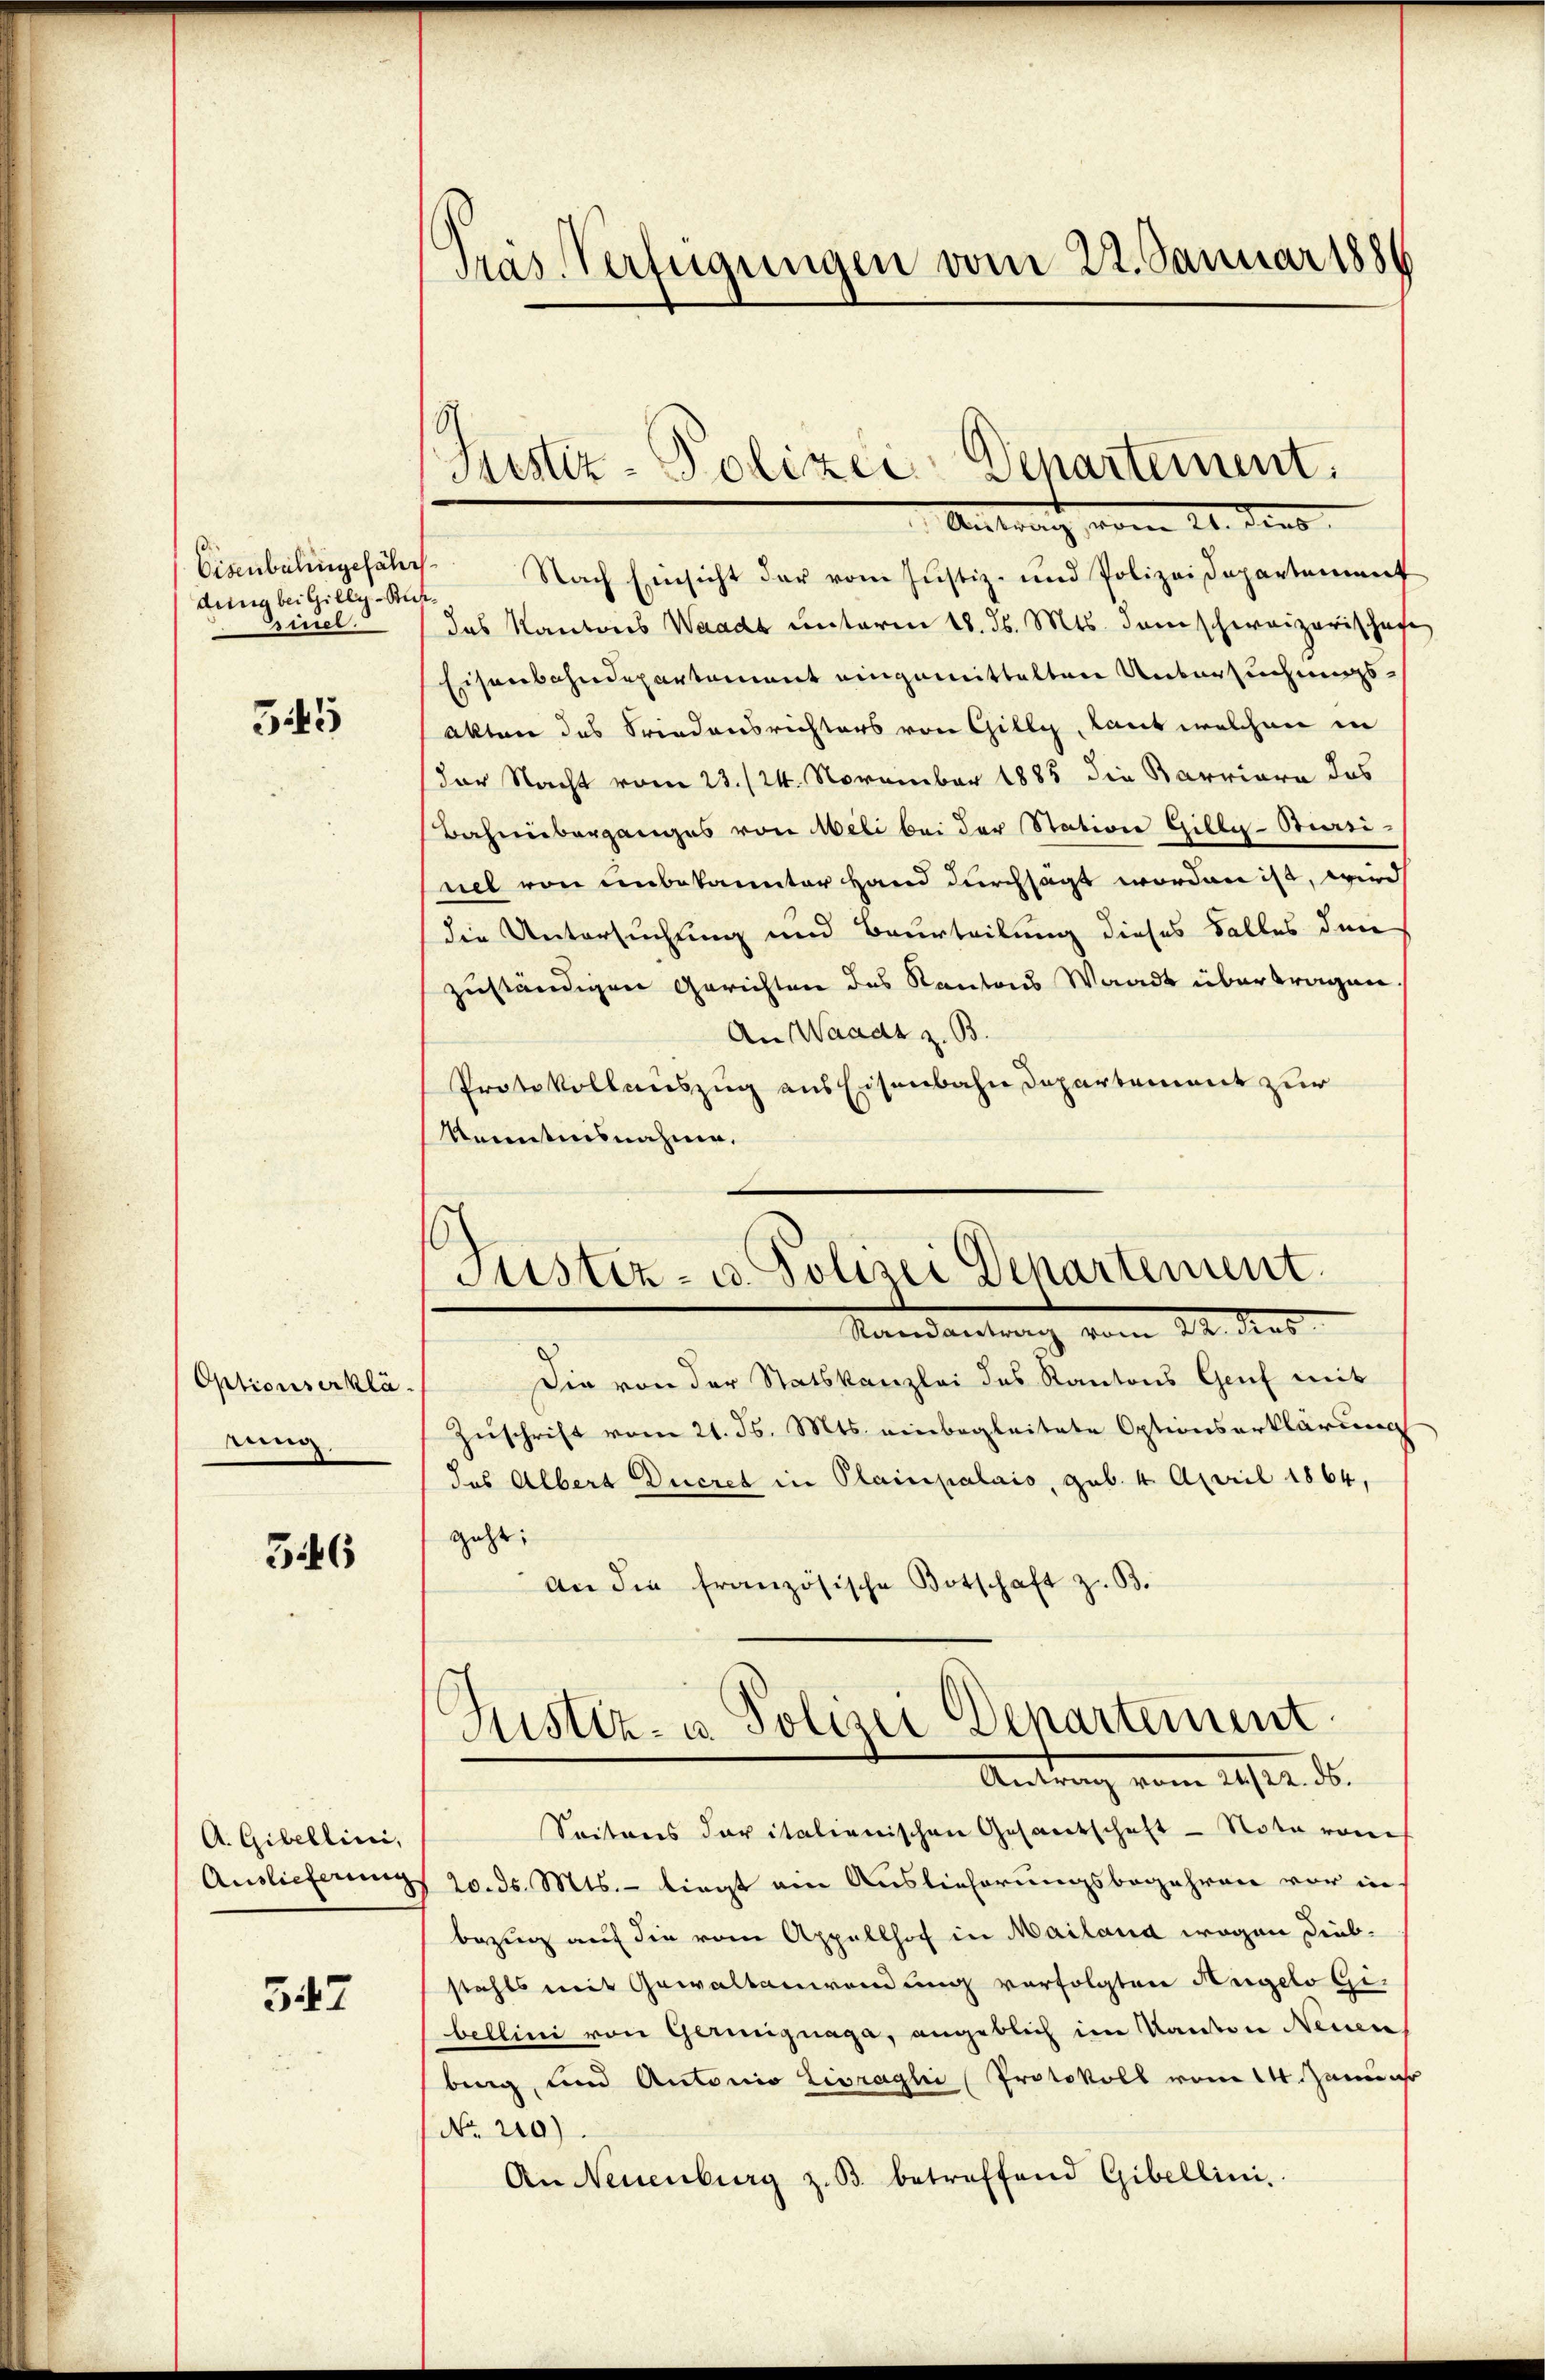
denig bei Gilly-Bursirer.

545

Optionserklä
rung

3446

A. Gibellini,
Auslieferung

547

Cienbalingefähr. Nach Einsicht der vom Justiz- und Polizeidepartement
das Kantons Waadt unterm 18. d. Mts. dem schweizerischafe
Eisenbahndepartement eingemittelten Untersuchungsakten das Friedensrichters von Gilly, Laut welchen in
(der Nacht vom 23./24. November 1883 die Barriare das
Bahnüberganges von Meli bei der Station Gilly-Burri
nel von unbekannter Hand durchsagt worden ist, wird
(die Untersuchung und Beurteilung dieses Falles den
zuständigen Gerichten des Kantons Waadt übertragen
An Waadt z. B.
Protokollauszug aus Eisenbahn Departement zur
kenntnisnahme.

Pras Verfügungen vom 22. Januar 1886

Justiz-Polizei-Departement.
Antrag vom 21. dens

Justiz- u. Polizei Departement.
Mandantrag vom 24. dies

Die von der Statskanzlei des Kantons Genf mit
Zuschrift vom 21. Js. Mts. einbegleitete Optionserklärung
das Albert Ducret in Plainpalais, geb. 4. April 1864,
geht;
An die französische Botschaft z. B.
Seitens der italienischen Gesandtschaft - Nota vom
20. ds. Mts. – liegt am Auslieferungsbegehren vor in
bezug auf die vom Appellhof in Mailand wegen Diebstahls mit Gewaltanwendung verfolgten Angelo Gi-
bellini von Geriignaga, angeblich im Kanton Neuen
berg, und Antonio Livraghi (Protokoll vom 14. Januar
No 210)
An Neuenburg z. B. betreffend Gibellini,

Justiz- u Polizei Departement
Antrag vom 24sten d.